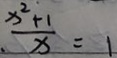
. \frac { x ^ { 2 } + 1 } { x } = 1